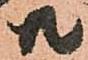
共